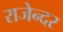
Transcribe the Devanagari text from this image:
राजेन्दर